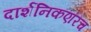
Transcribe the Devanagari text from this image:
दार्शनिकएरिच